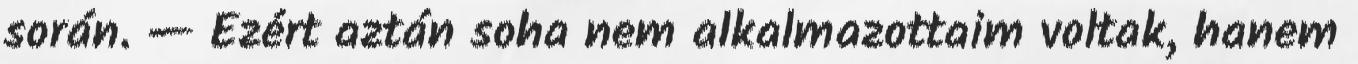
során. — Ezért aztán soha nem alkalmazottaim voltak, hanem